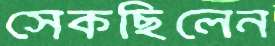
সেকছিলেন